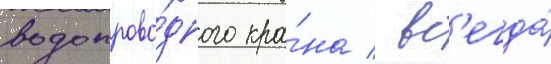
водопрово́дного кра́на / вс'егда́